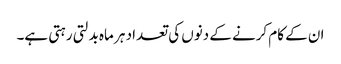
ان کے کام کرنے کے دنوں کی تعداد ہر ماہ بدلتی رہتی ہے۔